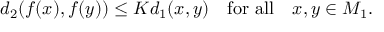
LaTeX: d _ { 2 } ( f ( x ) , f ( y ) ) \leq K d _ { 1 } ( x , y ) \quad { \mathrm { f o r ~ a l l } } \quad x , y \in M _ { 1 } .